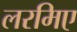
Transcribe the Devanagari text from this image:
लरमिए